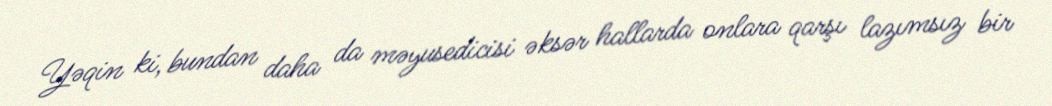
Yəqin ki, bundan daha da məyusedicisi əksər hallarda onlara qarşı lazımsız bir